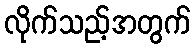
လိုက်သည့်အတွက်